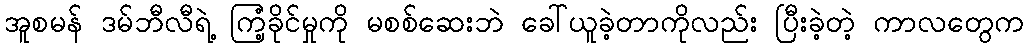
အူစမန် ဒမ်ဘီလီရဲ့ ကြံ့ခိုင်မှုကို မစစ်ဆေးဘဲ ခေါ်ယူခဲ့တာကိုလည်း ပြီးခဲ့တဲ့ ကာလတွေက